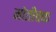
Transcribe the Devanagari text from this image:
मोतीचक